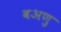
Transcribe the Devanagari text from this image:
वअणु